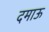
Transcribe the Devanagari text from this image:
दमाऊ